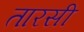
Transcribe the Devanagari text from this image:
तारसी